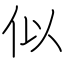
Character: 似